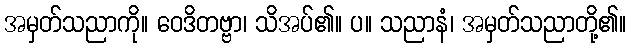
အမှတ်သညာကို။ ဝေဒိတဗ္ဗာ၊ သိအပ်၏။ ပ။ သညာနံ၊ အမှတ်သညာတို့၏။